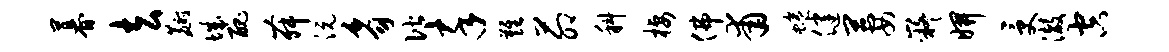
暮去麝城丑舞沅豸偕卒难茆科栖佛甫蜷健萋嶷妍受澈空